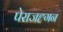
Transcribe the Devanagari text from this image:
पेराजह्गन